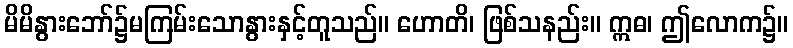
မိမိနွားဘော်၌မကြမ်းသောနွားနှင့်တူသည်။ ဟောတိ၊ ဖြစ်သနည်း။ ဣဓ၊ ဤလောက၌။